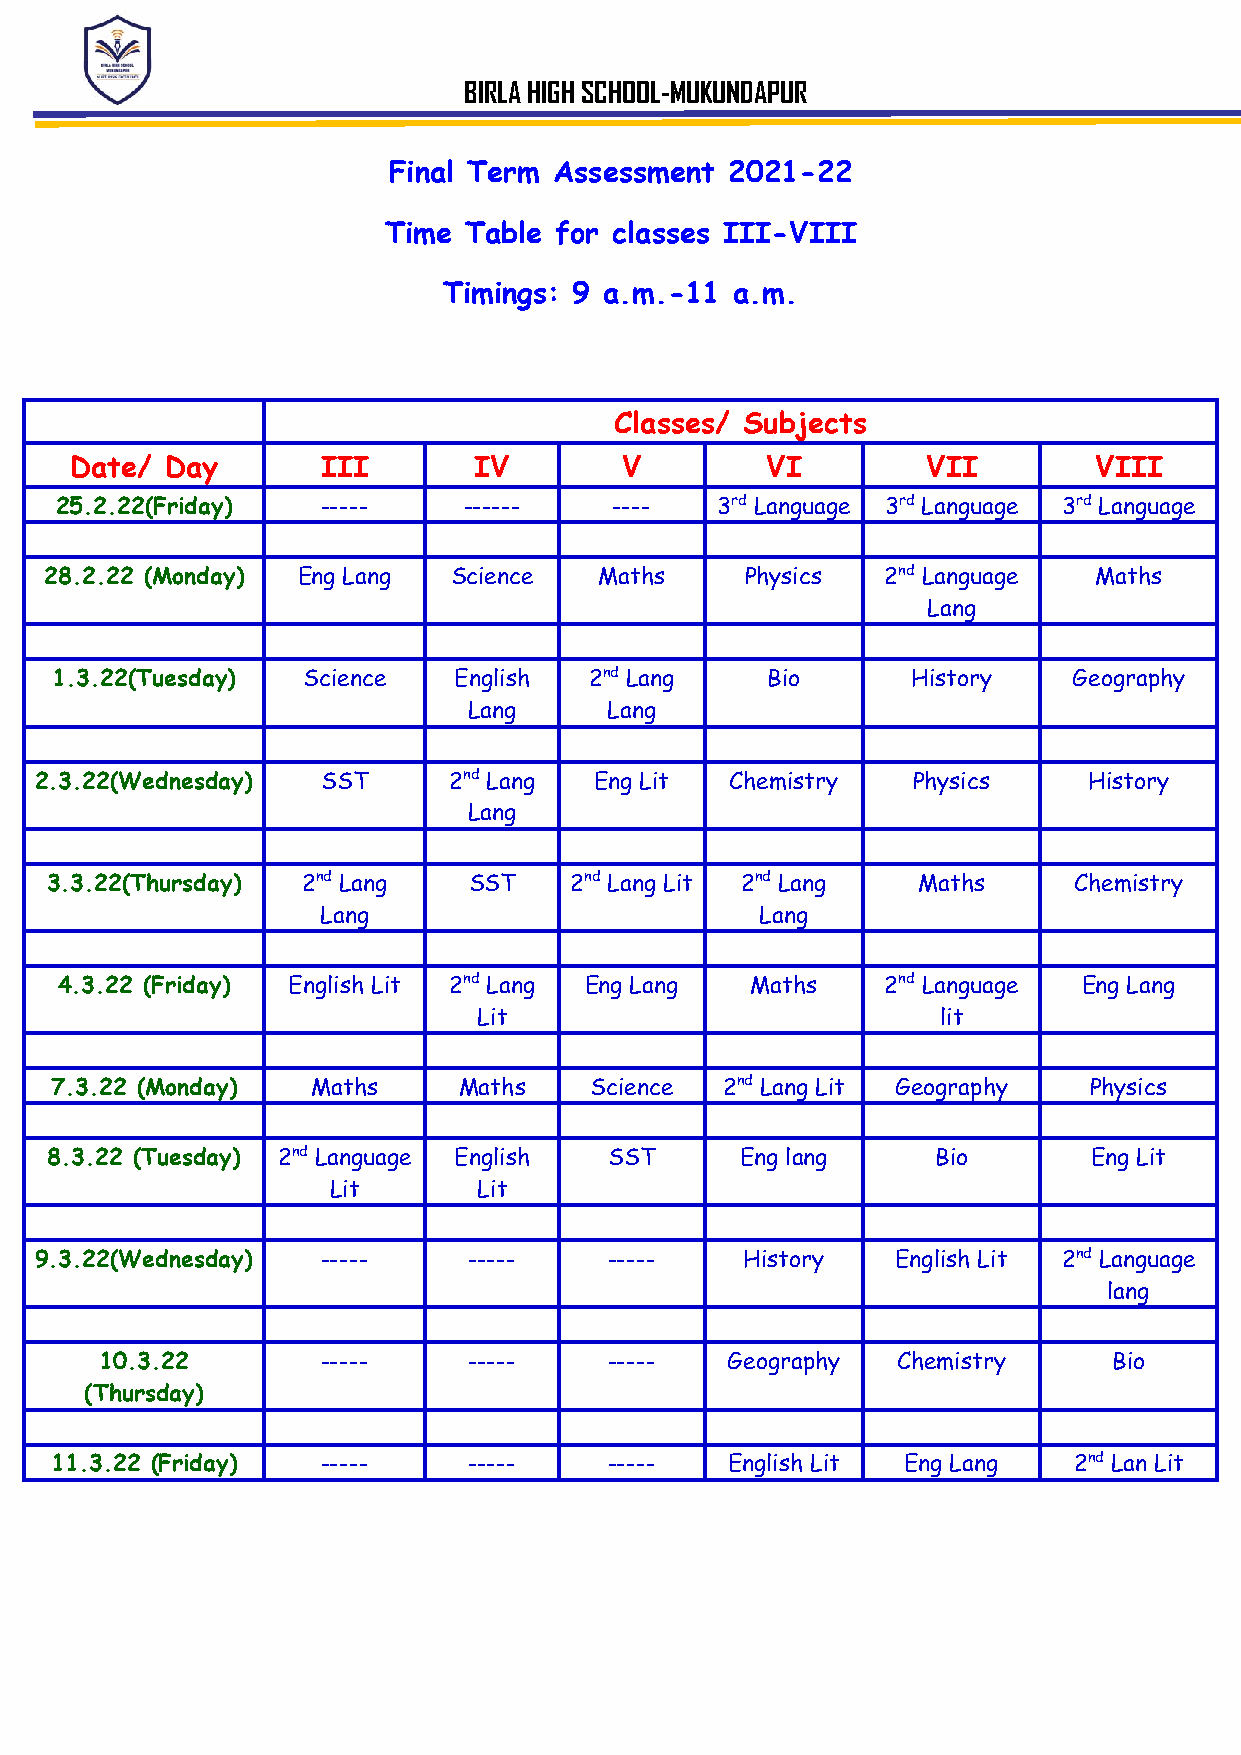
BIRLA HIGH SCHOOL-MUKUNDAPUR
 Final Term Assessment 2021-22
 Time  Table for classes III-VIII
 Timings: 9 a.m.-11  a.m.
 Classes/ Subjects
 Date/ Day       III       IV        V         VI        VII        VIII
 25.2.22(Friday)  -----     ------    ----  3rd Language 3rd Language 3rd Language
 28.2.22 (Monday) Eng Lang  Science   Maths    Physics   2nd Language Maths
 Lang
 1.3.22(Tuesday)  Science   English  2nd Lang    Bio      History    Geography
 Lang     Lang
 2.3.22(Wednesday)  SST      2nd Lang Eng Lit  Chemistry   Physics     History
 Lang
 3.3.22(Thursday) 2nd Lang   SST    2nd Lang Lit 2nd Lang  Maths     Chemistry
 Lang                         Lang
 4.3.22 (Friday) English Lit 2nd Lang Eng Lang Maths    2nd Language Eng Lang
 Lit                           lit
 7.3.22 (Monday)   Maths    Maths    Science  2nd Lang Lit Geography  Physics
 8.3.22 (Tuesday) 2nd Language English SST     Eng lang     Bio       Eng Lit
 Lit       Lit
 9.3.22(Wednesday)  -----     -----    -----    History   English Lit 2nd Language
 lang
 10.3.22       -----     -----    -----   Geography  Chemistry      Bio
 (Thursday)
 11.3.22 (Friday)  -----     -----    -----   English Lit Eng Lang   2nd Lan Lit